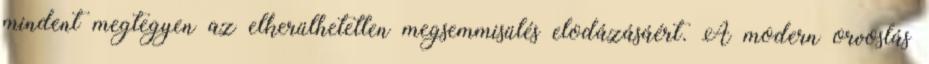
mindent megtegyen az elkerülhetetlen megsemmisülés elodázásáért. A modern orvoslás